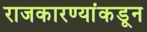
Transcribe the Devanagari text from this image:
राजकारण्यांकडून